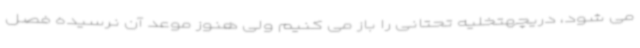
می شود، دریچهتخلیه تحتانی را باز می کنیم ولی هنوز موعد آن نرسیده فصل